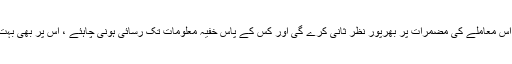
اس لئے اب اوباما انتظامیہ اس معاملے کی مضمرات پر بھرپور نظر ثانی کرے گی اور کس کے پاس خفیہ معلومات تک رسائی ہونی چاہئے ، اس پر بھی بہت سوچ بچار کی جائے گی ۔